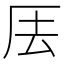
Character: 𠩂